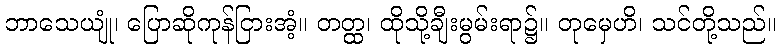
ဘာသေယျုံ၊ ပြောဆိုကုန်ငြားအံ့။ တတ္ထ၊ ထိုသို့ချီးမွမ်းရာ၌။ တုမှေဟိ၊ သင်တို့သည်။